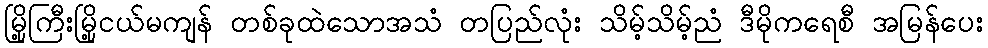
မြို့ကြီးမြို့ငယ်မကျန် တစ်ခုထဲသောအသံ တပြည်လုံး သိမ့်သိမ့်ညံ ဒီမိုကရေစီ အမြန်ပေး